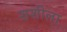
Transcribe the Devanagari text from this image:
शशीला